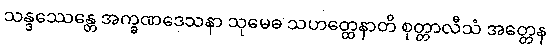
သန္ဒဿေန္တေ အက္ခဏဒေသနာ သုမေဓ သဟတ္ထေနာတိ စုတ္တာလီသံ အတ္တေန